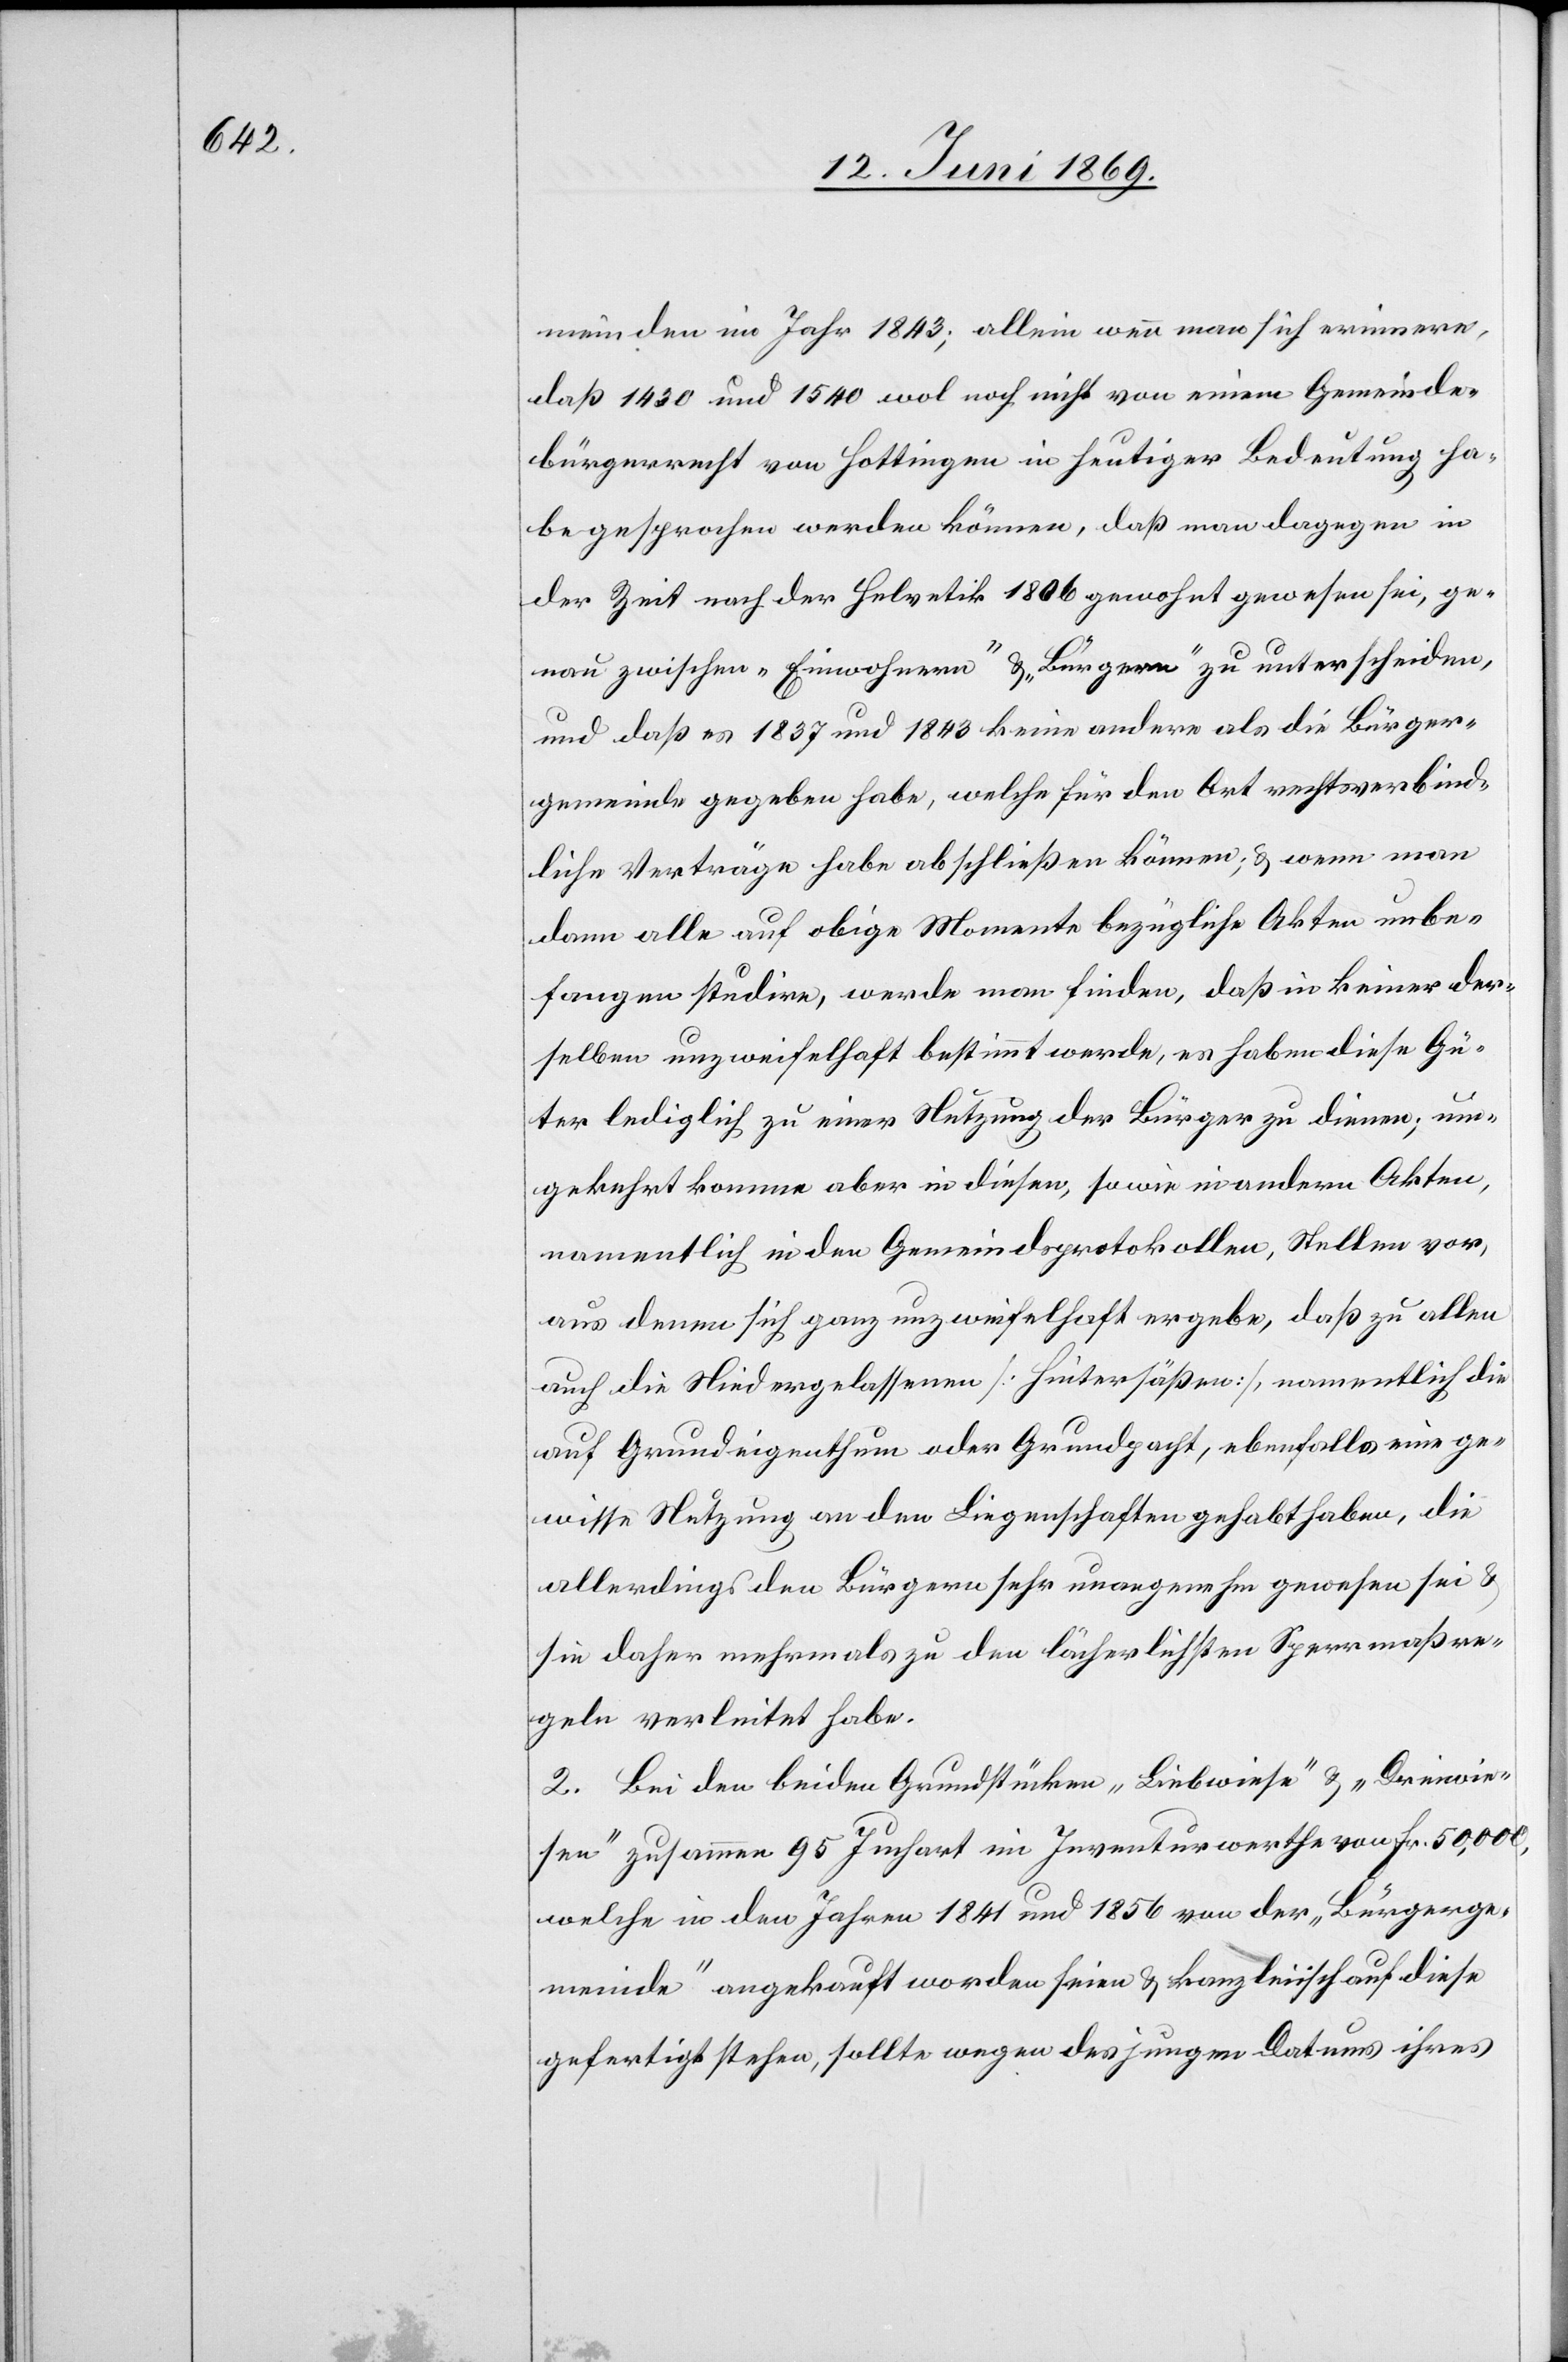
meinden im Jahr 1843; allein wenn man sich erinnere,
daß 1430 und 1540 wol noch nicht von einem Gemeinde¬
bürgerrecht von Hottingen in heutiger Bedeutung ha¬
be gesprochen werden können, daß man dagegen in
der Zeit nach der Helvetik 1806 gewohnt gewesen sei, ge¬
nau zwischen „Einwohnern“ u. „Bürgern“ zu unterscheiden,
und daß es 1837 und 1843 keine andere als die Bürger¬
gemeinde gegeben habe, welche für den Ort rechtsverbind¬
liche Verträge habe abschließen können; u. wenn man
dann alle auf obige Momente bezügliche Akten unbe¬
fangen studire, werde man finden, daß in keiner der¬
selben unzweifelhaft bestimmt werde, es haben diese Gü¬
ter lediglich zu einer Nutzung der Bürger zu dienen; um¬
gekehrt komme aber in diesen, sowie in andern Akten,
namentlich in den Gemeindsprotokollen, Stellen vor,
aus denen sich ganz unzweifelhaft ergeben, daß zu allen
auch die Niedergelassenen [Hintersäßen], namentlich die
auf Grundeigenthum oder Grundpacht, ebenfalls eine ge¬
wisse Nutzung an den Liegenschaften gehabt haben, die
allerdings den Bürgern sehr unangenehm gewesen sei u.
sie daher mehren als zu den lächerlichsten Sperrmaßre¬
geln verleitet habe.
2. Bei den beiden Grundstücken „Liebwiese“ u. „Dreiwie¬
sen“ zusammen 95 Juchart im Inventarwerthe von Fr. 50,000,
welche in den Jahren 1841 und 1856 von der „Bürgerge¬
meinde“ angekauft worden seien u. kanzleiisch auf diese
gefertigt stehen, sollte wegen desjenigen Datums ihres